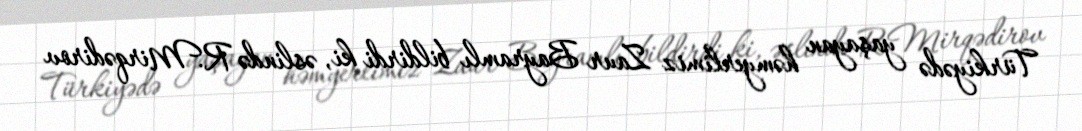
Türkiyədə yaşayan həmyerlimiz Zaur Bayramlı bildirdi ki, əslində R.Mirqədirov